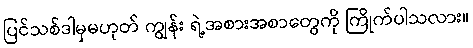
ပြင်သစ်ဒါမှမဟုတ် ကျွန်း ရဲ့အစားအစာတွေကို ကြိုက်ပါသလား။